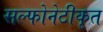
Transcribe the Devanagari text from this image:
सल्फोनेटीकृत